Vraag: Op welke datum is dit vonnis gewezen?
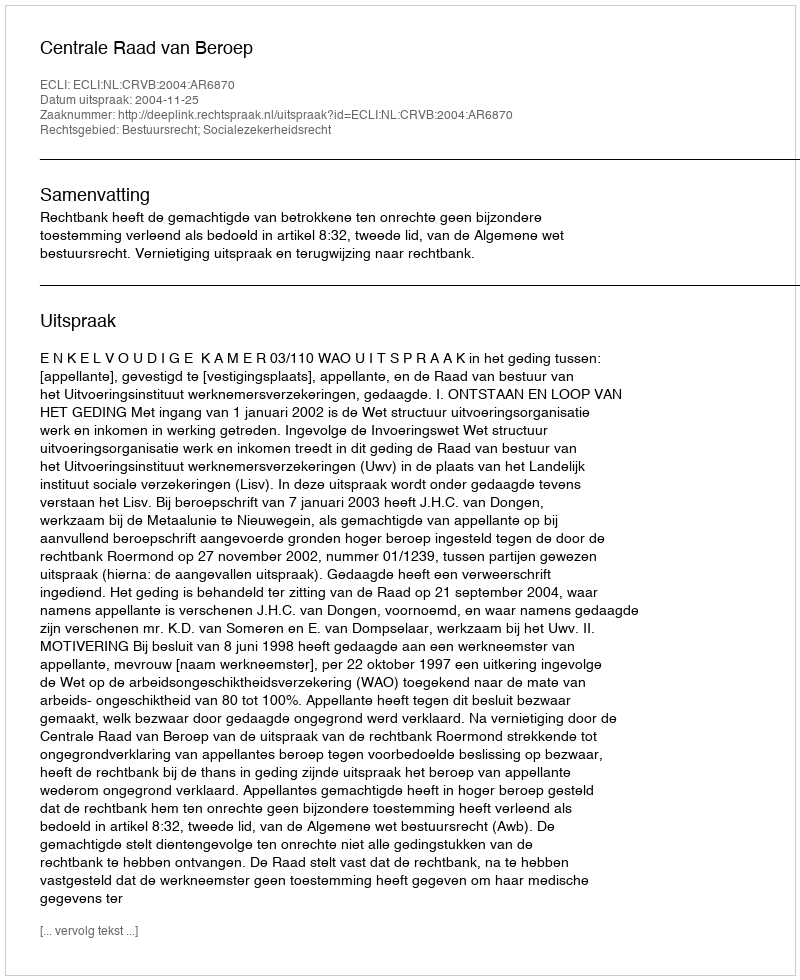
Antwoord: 2004-11-25